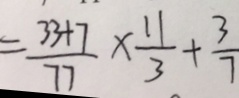
= \frac { 3 3 + 7 } { 7 7 } \times \frac { 1 1 } { 3 } + \frac { 3 } { 7 }